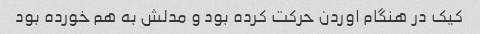
کیک در هنگام اوردن حرکت کرده بود و مدلش به هم خورده بود